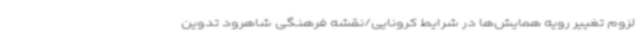
لزوم تغییر رویه همایش‌ها در شرایط کرونایی/نقشه فرهنگی شاهرود تدوین